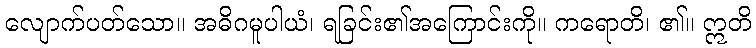
လျောက်ပတ်သော။ အဓိဂမူပါယံ၊ ရခြင်း၏အကြောင်းကို။ ကရောတိ၊ ၏။ ဣတိ